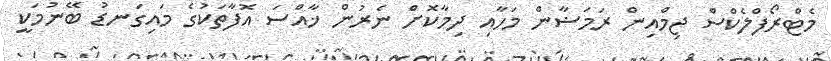
މެޓްރޯފްލެކްސް ޖިމްއިން ރަމަޟާން މަހާއި ދިމާކޮށް ނެރުން ޚާއްސަ އޮފާތަކުގެ މައިގަނޑު ބޭނުމަކީ